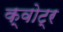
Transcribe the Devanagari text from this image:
क्वोट्र